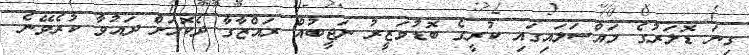
ގިނަ ޑޮލަރުގެ މައްސަލައިގައި ކުރީގެ ބޮޑުވަޒީރު ނަޖީބުއް ރައްޒާގާ ދެކޮޅަށް ދައުވާ ކުރެވޭނެ